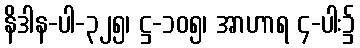
နိဒါန-ပါ-၃၂၅၊ ဋ္ဌ-၁၀၅၊ အာဟာရ ၄-ပါး၌